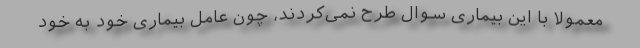
معمولا با این بیماری سوال طرح نمی‌کردند، چون عامل بیماری خود به خود